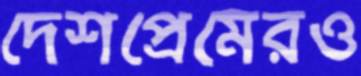
দেশপ্রেমেরও